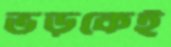
ভড়কেই